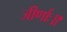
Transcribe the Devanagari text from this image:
जीर्णाः॥